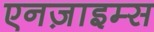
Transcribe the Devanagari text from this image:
एनज़ाइम्स